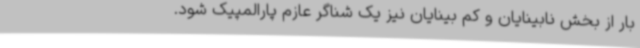
بار از بخش نابینایان و کم بینایان نیز یک شناگر عازم پارالمپیک شود.